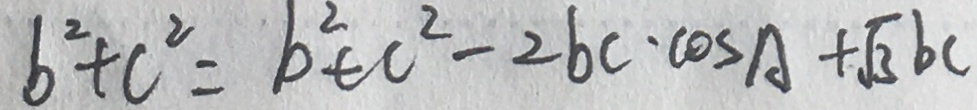
b ^ { 2 } + c ^ { 2 } = b ^ { 2 } + c ^ { 2 } - 2 b c \cdot \cos A + \sqrt { 3 } b c